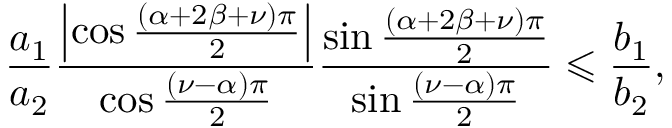
\frac { a _ { 1 } } { a _ { 2 } } \frac { \left\vert \cos \frac { \left( \alpha + 2 \beta + \nu \right) \pi } { 2 } \right\vert } { \cos \frac { \left( \nu - \alpha \right) \pi } { 2 } } \frac { \sin \frac { \left( \alpha + 2 \beta + \nu \right) \pi } { 2 } } { \sin \frac { \left( \nu - \alpha \right) \pi } { 2 } } \leqslant \frac { b _ { 1 } } { b _ { 2 } } ,